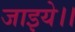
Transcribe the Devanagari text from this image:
जाइये।।